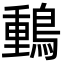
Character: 䳯